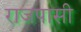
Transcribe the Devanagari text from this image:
राजपासी